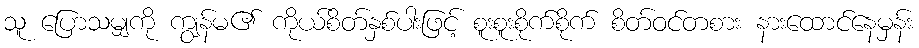
သူ ပြောသမျှကို ကျွန်မ၏ ကိုယ်စိတ်နှစ်ပါးဖြင့် စူးစူးစိုက်စိုက် စိတ်ဝင်တစား နားထောင်နေမှန်း